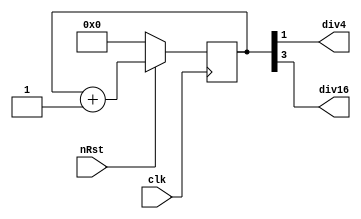
module clock_divider(
    input clk,
    input nRst,
    output div4,
    output div16,
);

reg [3:0] counter;
// 0~ 15

always @(posedge clk) begin
    if(~nRst)
        counter <= #1 8'h0;
    else
        counter <= #1 counter +1;
end

assign div4 = counter[1];
assign div16 = counter[3];
// 0000 => counter[1] = 0  |  counter[3] = 0
// 0001 => counter[1] = 0  |  counter[3] = 0
// 0010 => counter[1] = 1  |  counter[3] = 0
// 0011 => counter[1] = 1  |  counter[3] = 0
// 0100 => counter[1] = 0  |  counter[3] = 0
// 0101 => counter[1] = 0  |  counter[3] = 0
// 0110 => counter[1] = 1  |  counter[3] = 0
// 0111 => counter[1] = 1  |  counter[3] = 0
// 1000 => counter[1] = 0  |  counter[3] = 1
// 1001 => counter[1] = 0  |  counter[3] = 1
// 1010 => counter[1] = 1  |  counter[3] = 1
// 1011 => counter[1] = 1  |  counter[3] = 1
// 1100 => counter[1] = 0  |  counter[3] = 1
// 1101 => counter[1] = 0  |  counter[3] = 1
// 1110 => counter[1] = 1  |  counter[3] = 1
// 1111 => counter[1] = 1  |  counter[3] = 1
endmodule